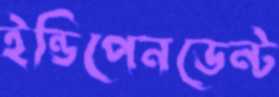
ইন্ডিপেনডেন্ট